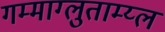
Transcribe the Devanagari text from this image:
गम्माग्लुताम्य्ल